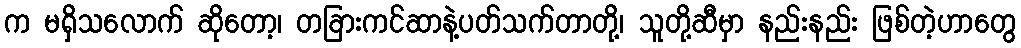
က မရှိသလောက် ဆိုတော့၊ တခြားကင်ဆာနဲ့ပတ်သက်တာတို့၊ သူတို့ဆီမှာ နည်းနည်း ဖြစ်တဲ့ဟာတွေ